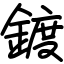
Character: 鍍